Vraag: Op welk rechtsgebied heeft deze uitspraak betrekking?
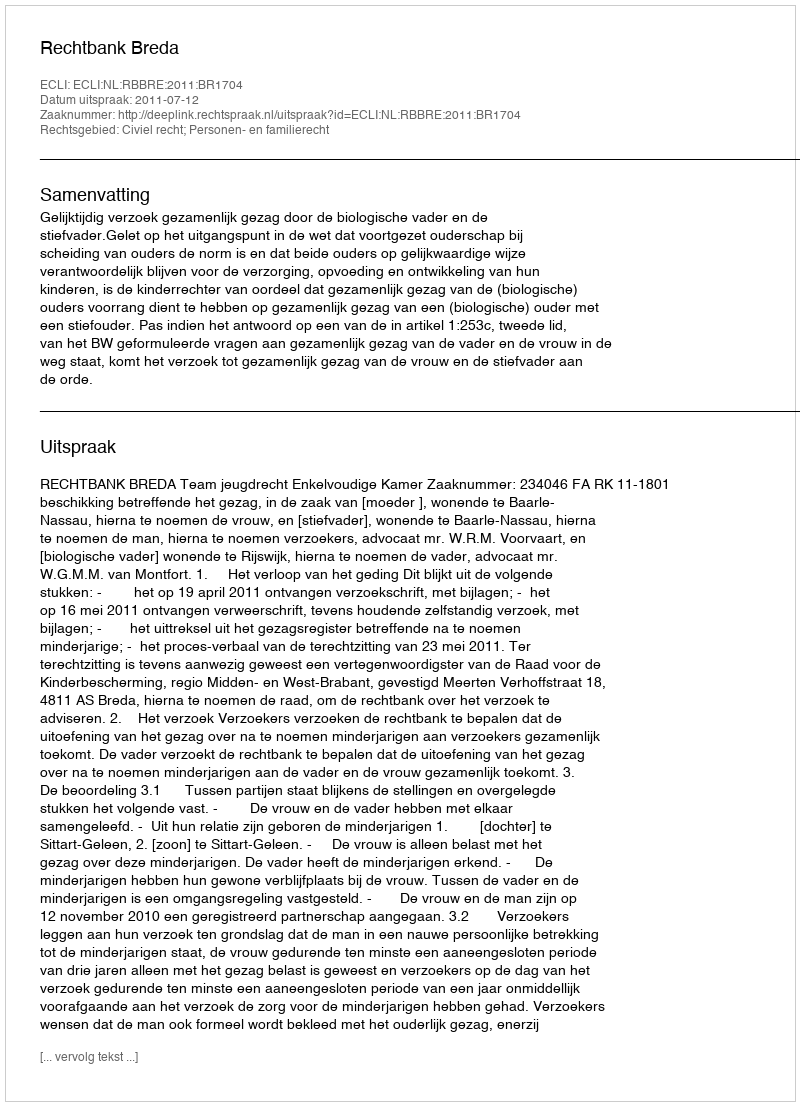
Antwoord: Civiel recht; Personen- en familierecht